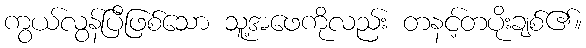
ကွယ်လွန်ပြီဖြစ်သော သူ့အဖေကိုလည်း တနင့်တပိုးချစ်၏။